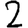
Digit: 2